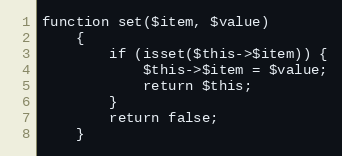
Language: PHP
function set($item, $value)
    {
        if (isset($this->$item)) {
            $this->$item = $value;
            return $this;
        }
        return false;
    }